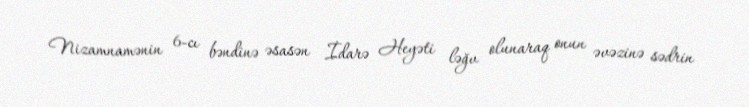
Nizamnamənin 6-cı bəndinə əsasən İdarə Heyəti ləğv olunaraq onun əvəzinə sədrin